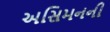
અસિમનની